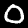
Digit: 0